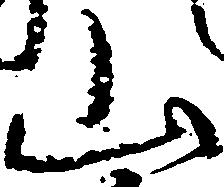
山